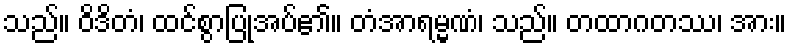
သည်။ ဝိဒိတံ၊ ထင်စွာပြုအပ်၏။ တံအာရမ္မဏံ၊ သည်။ တထာဂတဿ၊ အား။